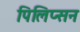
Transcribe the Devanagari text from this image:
पिलिप्सन